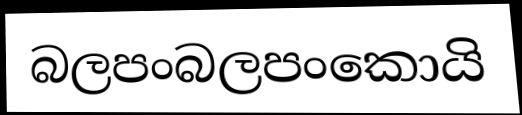
බලපංබලපංකොයි